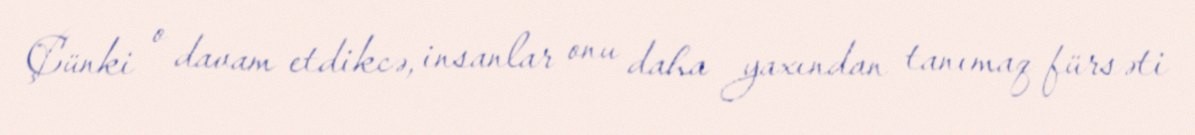
Çünki o davam etdikcə, insanlar onu daha yaxından tanımaq fürsəti